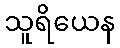
သူရိယေန